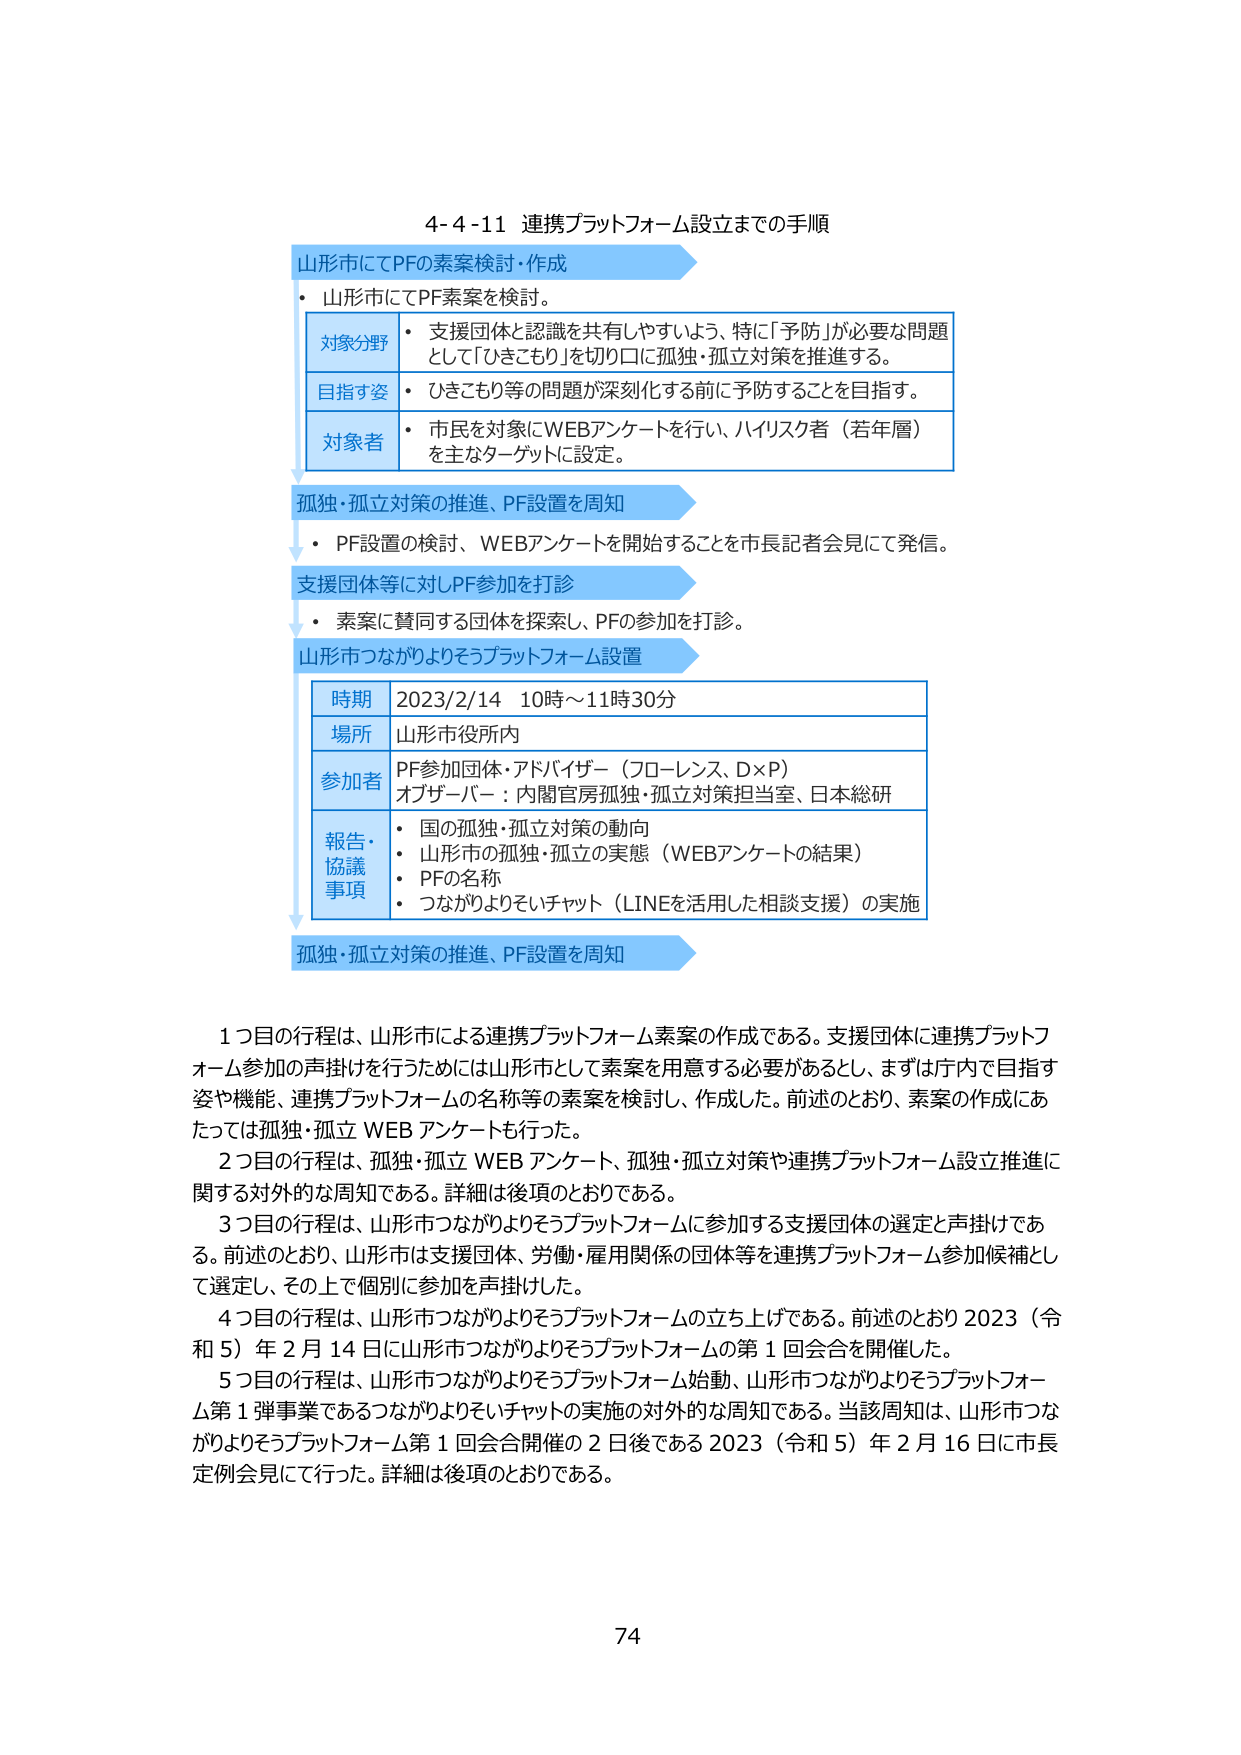
4-4-11 連携プラットフォーム設立までの手順

山形市にてPFの素案検討・作成
・ 山形市にてPF素案を検討。
　対象分野　・ 支援団体と認識を共有しやすいよう、特に「予防」が必要な問題
　　　　　　として「ひきこもり」を切り口に孤独・孤立対策を推進する。
　目指す姿　・ ひきこもり等の問題が深刻化する前に予防することを目指す。
　対象者　　・ 市民を対象にWEBアンケートを行い、ハイリスク者（若年層）
　　　　　　を主なターゲットに設定。

孤独・孤立対策の推進、PF設置を周知
・ PF設置の検討、WEBアンケートを開始することを市長記者会見にて発信。

支援団体等に対しPF参加を打診
・ 素案に賛同する団体を探索し、PFの参加を打診。

山形市つながりよろずプラットフォーム設置
　時期　2023/2/14 10時～11時30分
　場所　山形市役所内
　参加者　PF参加団体・アドバイザー（フローレンス、D×P）
　　　　　オブザーバー：内閣官房孤独・孤立対策担当室、日本総研
　報告・協議事項　・ 国の孤独・孤立対策の動向
　　　　　　　　　・ 山形市の孤独・孤立の実態（WEBアンケートの結果）
　　　　　　　　　・ PFの名称
　　　　　　　　　・ つながりよろずチャット（LINEを活用した相談支援）の実施

孤独・孤立対策の推進、PF設置を周知

1つ目の行程は、山形市による連携プラットフォーム素案の作成である。支援団体に連携プラットフォーム参加の声掛けを行うためには山形市として素案を用意する必要があるとし、まずは庁内で目指す姿や機能、連携プラットフォームの名称等の素案を検討し、作成した。前述のとおり、素案の作成にあたっては孤独・孤立 WEB アンケートも行った。

2つ目の行程は、孤独・孤立 WEB アンケート、孤独・孤立対策や連携プラットフォーム設立推進に関する対外的な周知である。詳細は後項のとおりである。

3つ目の行程は、山形市つながりよろずプラットフォームに参加する支援団体の選定と声掛けである。前述のとおり、山形市は支援団体、労働・雇用関係の団体等を連携プラットフォーム参加候補として選定し、その上で個別に参加を声掛けした。

4つ目の行程は、山形市つながりよろずプラットフォームの立ち上げである。前述のとおり2023（令和5）年2月14日に山形市つながりよろずプラットフォームの第1回会合を開催した。

5つ目の行程は、山形市つながりよろずプラットフォーム始動、山形市つながりよろずプラットフォーム第1弾事業であるつながりよろずチャットの実施の対外的な周知である。当該周知は、山形市つながりよろずプラットフォーム第1回会合開催の2日後である2023（令和5）年2月16日に市長定例会見にて行った。詳細は後項のとおりである。

74